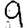
Digit: 9